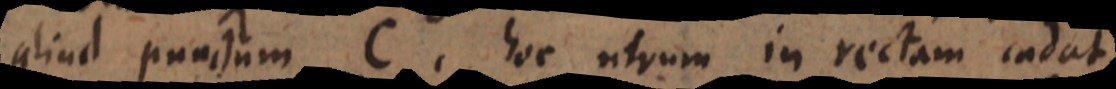
aliud punctum C hoc utrum in rectam cadat,